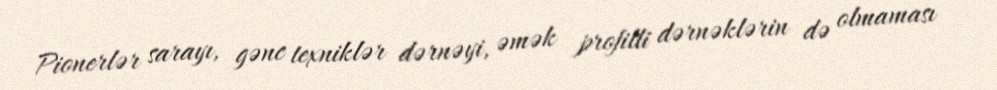
Pionerlər sarayı, gənc texniklər dərnəyi, əmək profilli dərnəklərin də olmaması